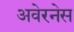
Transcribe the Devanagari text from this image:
अवेरनेस